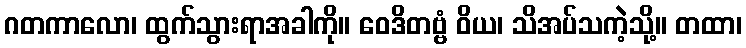
ဂတကာလော၊ ထွက်သွားရာအခါကို။ ဝေဒိတဗ္ဗံ ဝိယ၊ သိအပ်သကဲ့သို့။ တထာ၊